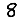
Digit: 8